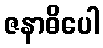
ဇနာဓိပေါ